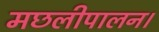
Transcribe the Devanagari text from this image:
मछलीपालन।